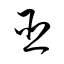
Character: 臣